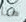
هذا